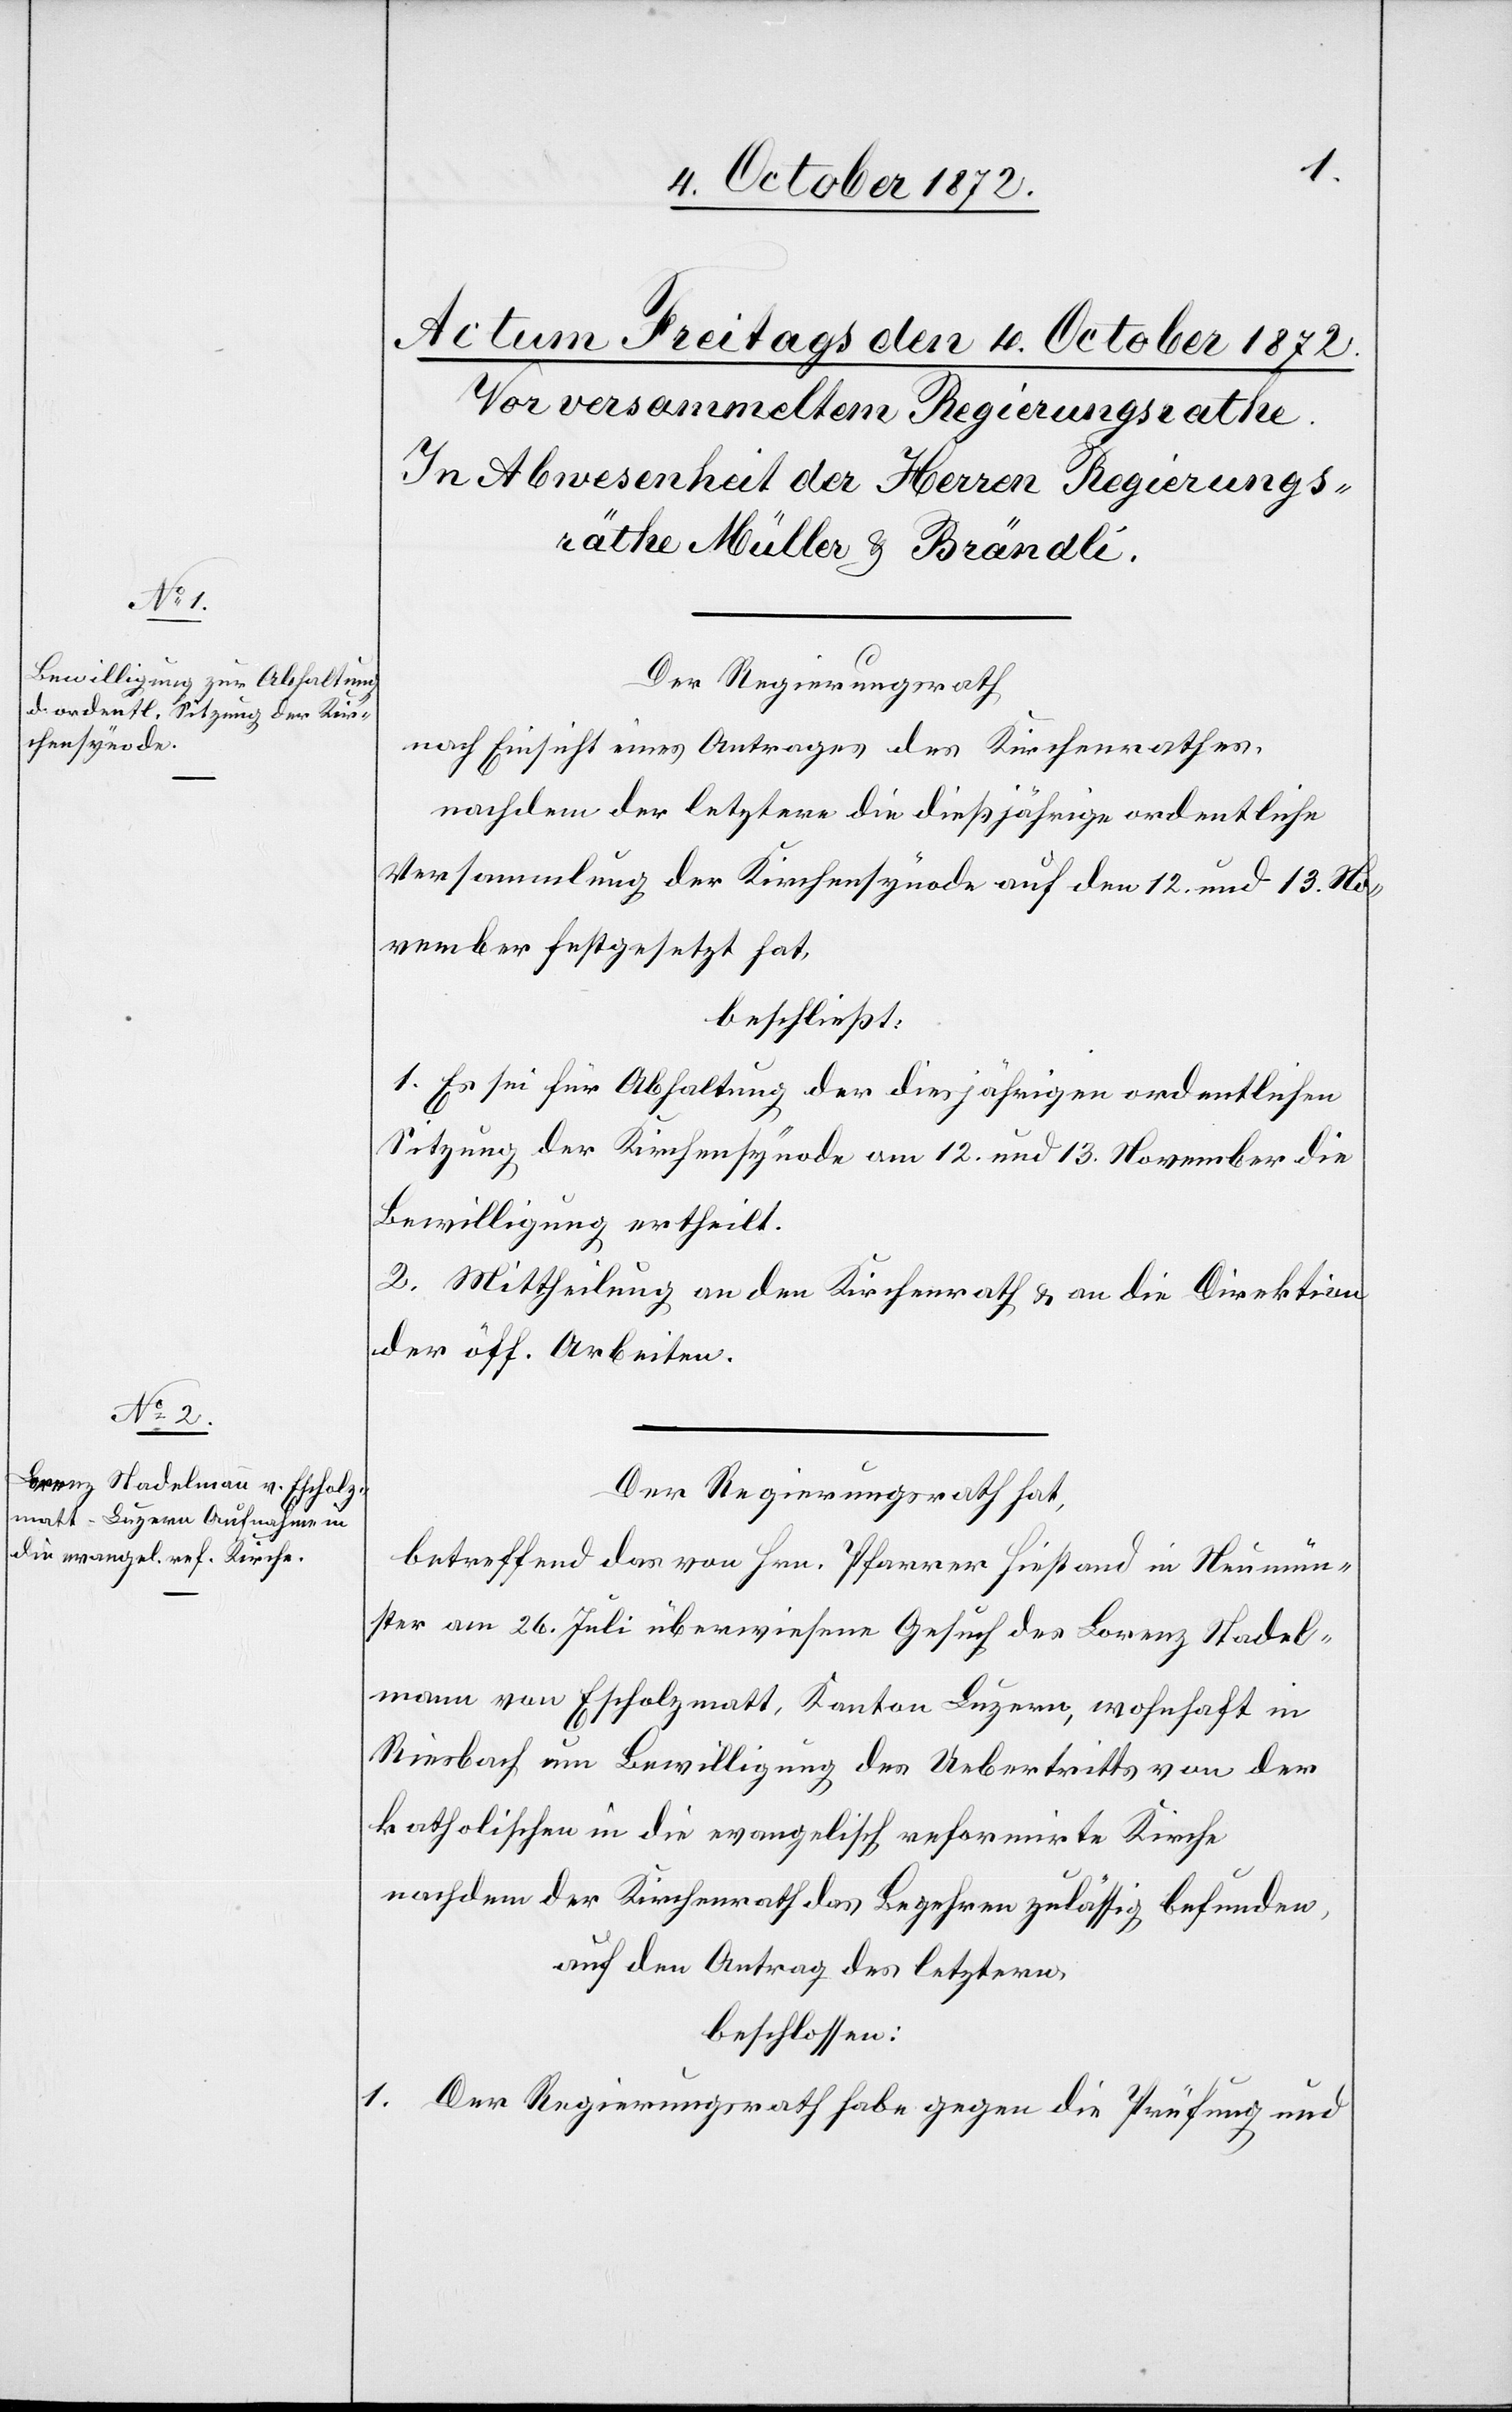
Der Regierungsrath
nach Einsicht eines Antrages des Kirchenrathes,
nachdem der letztere die dießjährige ordentliche
Versammlung der Kirchensynode auf den 12. und 13. No¬
vember festgesetzt hat,
beschließt:
1. Es sei für Abhaltung der diesjährigen ordentlichen
Sitzung der Kirchensynode am 12. und 13. November die
Bewilligung ertheilt.
2. Mittheilung an den Kirchenrath u. an die Direktion
der öff. Arbeiten.
Der Regierungsrath hat,
betreffend das von Hrn. Pfarrer Hiestand in Neumün¬
ster am 26. Juli überwiesene Gesuch des Lorenz Stadel¬
mann von Escholzmatt, Kanton Luzern, wohnhaft in
Riesbach um Bewilligung des Uebertritts von der
katholischen in die evangelisch reformirte Kirche
nachdem der Kirchenrath das Begehren zulässig befunden
auf den Antrag des letztern,
beschlossen:
1. Der Regierungsrath habe gegen die Prüfung und